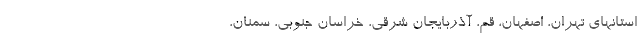
استانهای تهران، اصفهان، قم، آذربایجان شرقی، خراسان جنوبی، سمنان،